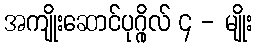
အကျိုးဆောင်ပုဂ္ဂိုလ် ၄ - မျိုး